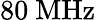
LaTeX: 80~\mathrm{MHz}